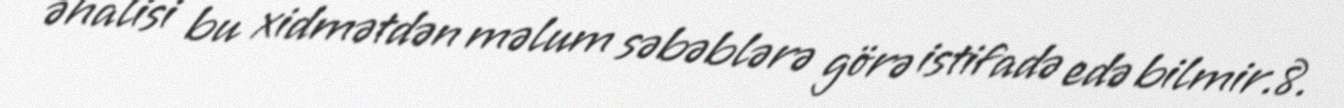
əhalisi bu xidmətdən məlum səbəblərə görə istifadə edə bilmir.8.